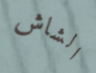
الشاش